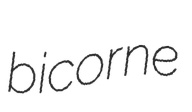
bicorne